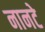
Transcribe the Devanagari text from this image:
नानटे